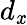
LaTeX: d_{\mathit{x}}